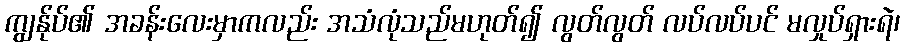
ကျွန်ုပ်၏ အခန်းလေးမှာကလည်း အသံလုံသည်မဟုတ်၍ လွတ်လွတ် လပ်လပ်ပင် မလှုပ်ရှားရဲ၊